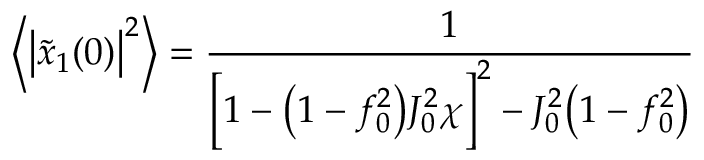
\Big \langle \big | \tilde { x } _ { 1 } ( 0 ) \big | ^ { 2 } \Big \rangle = \frac { 1 } { \Big [ 1 - \big ( 1 - f _ { 0 } ^ { 2 } \big ) J _ { 0 } ^ { 2 } \chi \Big ] ^ { 2 } - J _ { 0 } ^ { 2 } \big ( 1 - f _ { 0 } ^ { 2 } \big ) }